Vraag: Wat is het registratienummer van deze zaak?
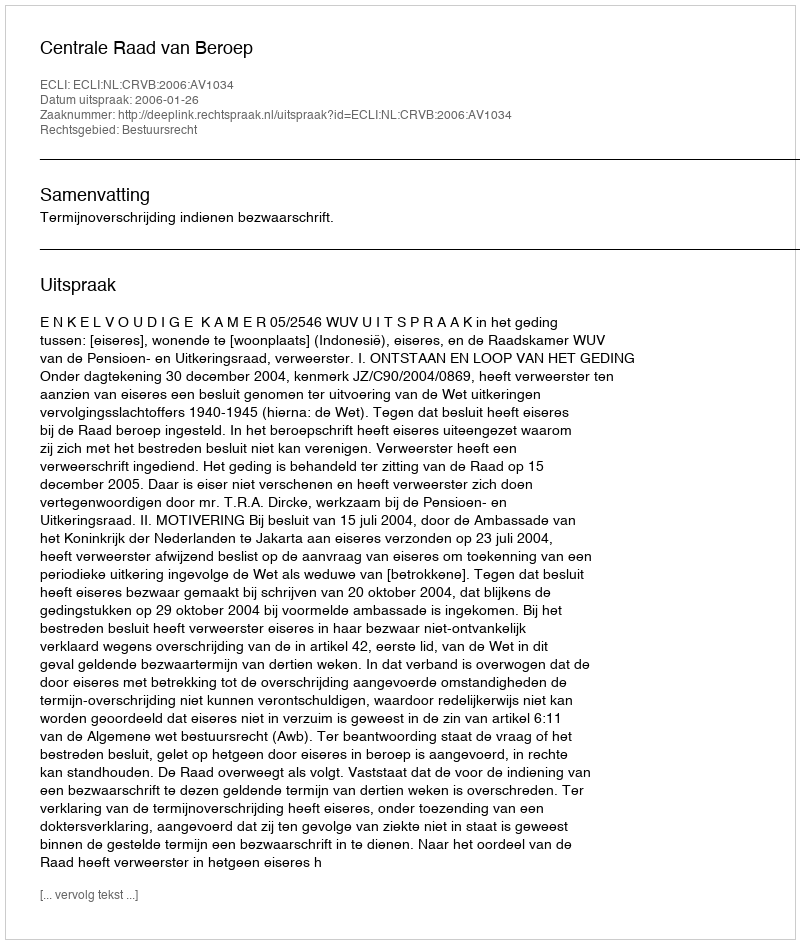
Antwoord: http://deeplink.rechtspraak.nl/uitspraak?id=ECLI:NL:CRVB:2006:AV1034